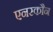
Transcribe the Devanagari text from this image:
एनरकौन